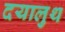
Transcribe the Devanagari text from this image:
दयालुथ